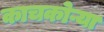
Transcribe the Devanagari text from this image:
काचकोऱ्या